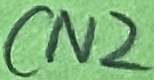
Text: CN2